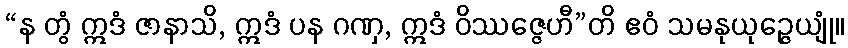
“န တွံ ဣဒံ ဇာနာသိ, ဣဒံ ပန ဂဏှ, ဣဒံ ဝိဿဇ္ဇေဟီ”တိ ဧဝံ သမနုယုဉ္ဇေယျုံ။